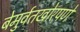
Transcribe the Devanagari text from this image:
बेमुर्वतखोरपणे